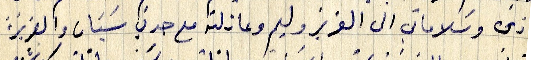
زمن وسلاماتي الى العزيز وليم وعائلته مع جدتي اسَيَان والعزيزة